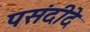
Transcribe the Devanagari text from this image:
पसंदीदे